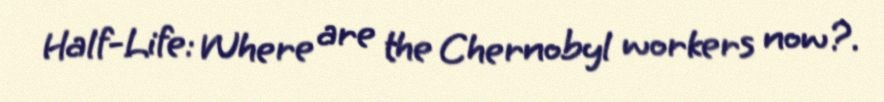
Half-Life: Where are the Chernobyl workers now?.